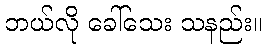
ဘယ်လို ခေါ်သေး သနည်း။